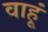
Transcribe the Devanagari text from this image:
वाहूं